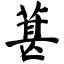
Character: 葚